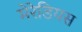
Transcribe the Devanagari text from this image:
मेरेडियस